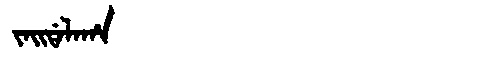
Manchu: ᠵᠠᡳᡩᠠᠯᠠᡥᠠ
Romanization: JAIDALAHA